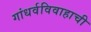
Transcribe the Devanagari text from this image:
गांधर्वविवाहाची